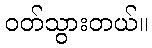
ဝတ်သွားတယ်။